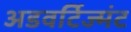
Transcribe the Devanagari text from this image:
अडवर्टिज्मंट